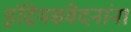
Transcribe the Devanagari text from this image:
इंद्रियसंवेदनांना